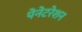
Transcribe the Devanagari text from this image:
पेनेटरेशन